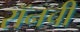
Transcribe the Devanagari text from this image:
रॉनची